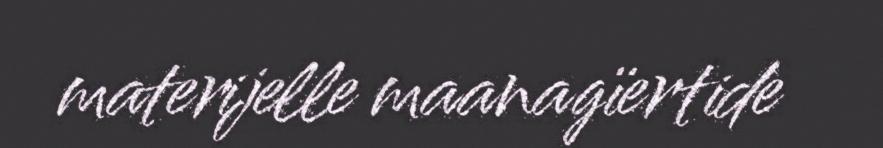
materijelle maanagïertide